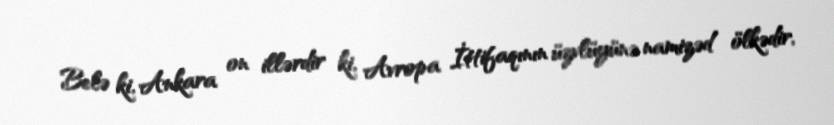
Belə ki, Ankara on illərdir ki, Avropa İttifaqının üzvlüyünə namizəd ölkədir,